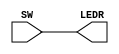
module Switch_LED(SW, LEDR);
input [17:0] SW;
output [17:0] LEDR;

assign LEDR = SW;

endmodule